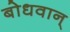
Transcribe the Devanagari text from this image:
बोधवान्